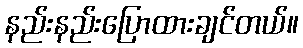
နည်းနည်းပြောထားချင်တယ်။